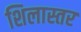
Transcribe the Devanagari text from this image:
शिलास्तर